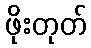
ဖိုးတုတ်